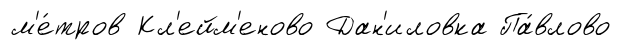
м'е́тров Кл'ейм'еново Дан'иловка Па́влово